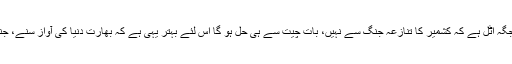
اِن حالات میں امریکی توقع تو پوری ہوتی نظر نہیں آتی تاہم یہ بات اپنی جگہ اٹل ہے کہ کشمیر کا تنازعہ جنگ سے نہیں، بات چیت سے ہی حل ہو گا اِس لئے بہتر یہی ہے کہ بھارت دُنیا کی آواز سنے، جنگی جنون کو خیر باد کہے اور پاکستان کے ساتھ مذاکرات کا آغاز کرے۔